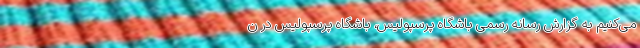
می‌کنیم به گزارش رسانه رسمی باشگاه پرسپولیس، باشگاه پرسپولیس در ن